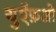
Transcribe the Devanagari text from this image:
युऍफ़ओ